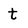
Character: t